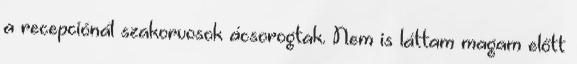
a recepciónál szakorvosok ácsorogtak. Nem is láttam magam előtt